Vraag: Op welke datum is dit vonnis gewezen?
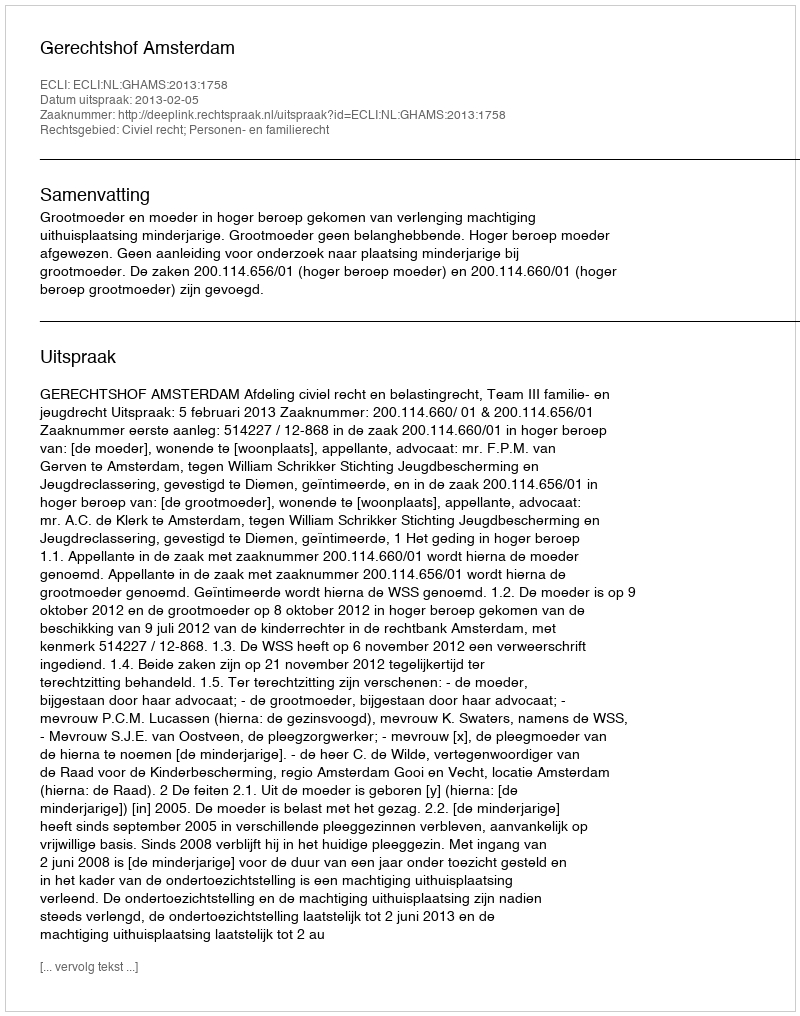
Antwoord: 2013-02-05